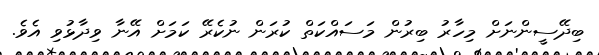
ބިދޭސީންނަށް މިހާރު ބިރުން މަސައްކަތް ކުރަން ނުކެރޭ ކަމަށް އޭނާ ވިދާޅުވި އެވެ.